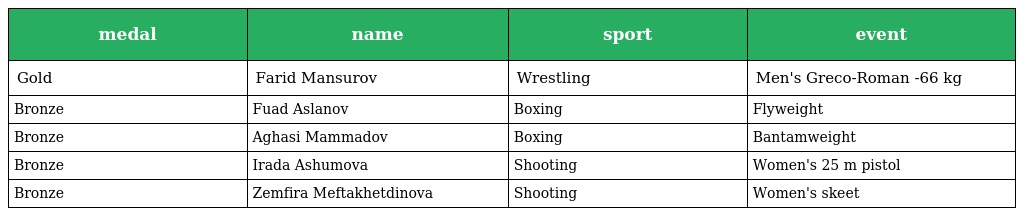
| medal | name | sport | event |
 | --- | --- | --- | --- |
 | Gold | Farid Mansurov | Wrestling | Men's Greco-Roman -66 kg |
 | Bronze | Fuad Aslanov | Boxing | Flyweight |
 | Bronze | Aghasi Mammadov | Boxing | Bantamweight |
 | Bronze | Irada Ashumova | Shooting | Women's 25 m pistol |
 | Bronze | Zemfira Meftakhetdinova | Shooting | Women's skeet |